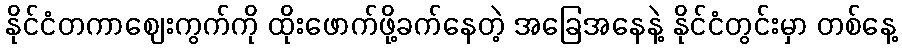
နိုင်ငံတကာဈေးကွက်ကို ထိုးဖောက်ဖို့ခက်နေတဲ့ အခြေအနေနဲ့ နိုင်ငံတွင်းမှာ တစ်နေ့